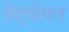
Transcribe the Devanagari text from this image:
बेल्वेकर